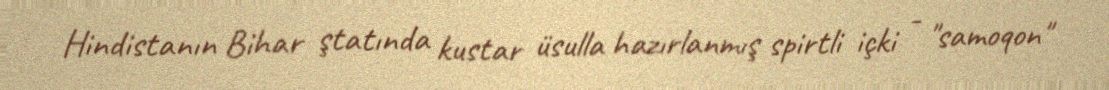
Hindistanın Bihar ştatında kustar üsulla hazırlanmış spirtli içki - "samoqon"